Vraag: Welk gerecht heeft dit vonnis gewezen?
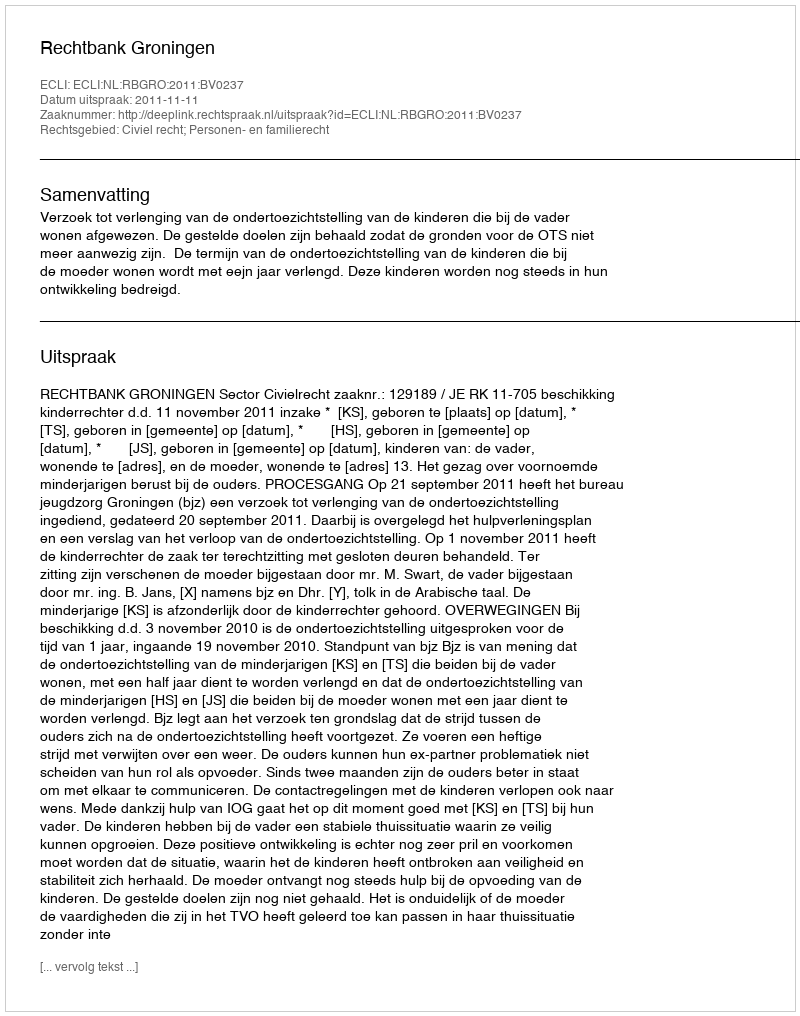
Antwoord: Rechtbank Groningen